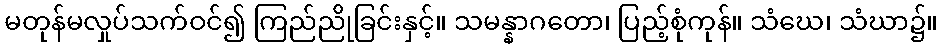
မတုန်မလှုပ်သက်ဝင်၍ ကြည်ညိုခြင်းနှင့်။ သမန္နာဂတော၊ ပြည့်စုံကုန်။ သံဃေ၊ သံဃာ၌။